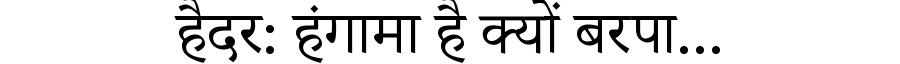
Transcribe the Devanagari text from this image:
हैदर: हंगामा है क्यों बरपा...